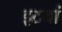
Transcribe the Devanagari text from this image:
इटवां